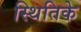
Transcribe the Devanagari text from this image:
स्थितिके